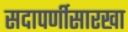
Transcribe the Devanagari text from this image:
सदापर्णीसारखा